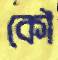
কৌ